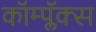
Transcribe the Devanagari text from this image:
कॉम्प्लॅक्स